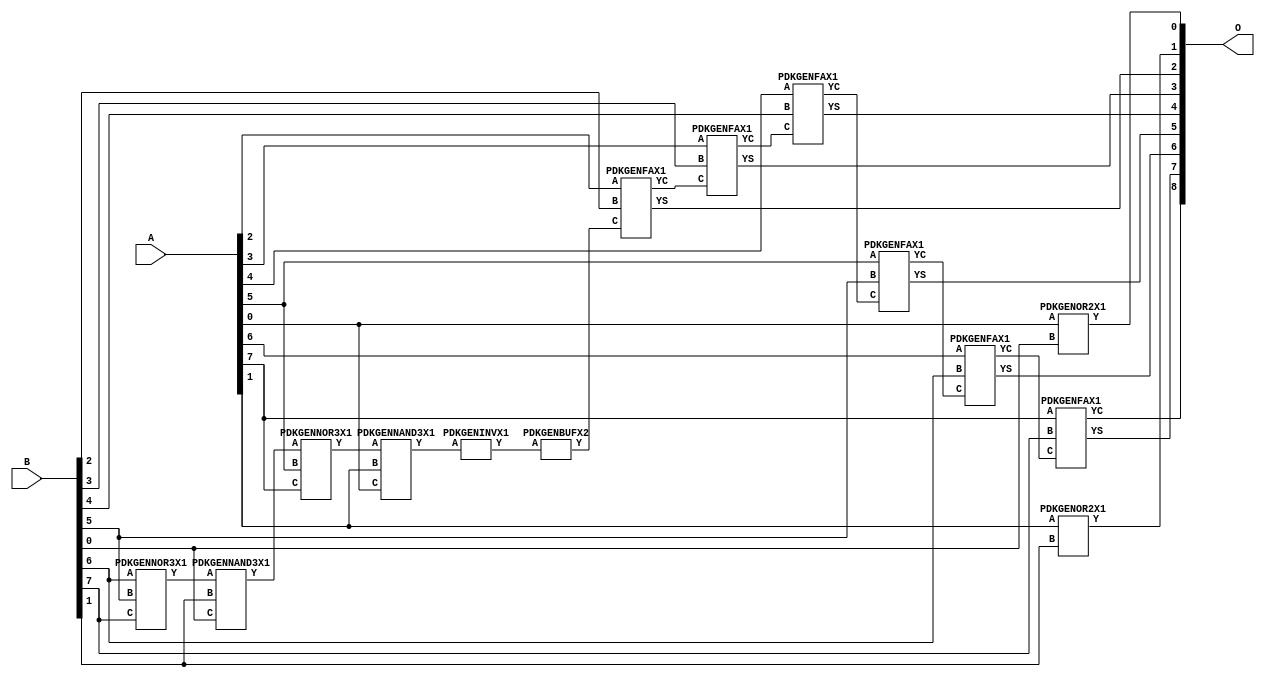
// Library = EvoApprox8b
// Circuit = add8_350
// Area   (180) = 1024
// Delay  (180) = 1.970
// Power  (180) = 263.40
// Area   (45) = 72
// Delay  (45) = 0.740
// Power  (45) = 25.98
// Nodes = 14
// HD = 89488
// MAE = 0.74609
// MSE = 1.48438
// MRE = 0.39 %
// WCE = 3
// WCRE = 50 %
// EP = 43.8 %

module add8_350(A, B, O);
  input [7:0] A;
  input [7:0] B;
  output [8:0] O;
  wire [2031:0] N;

  assign N[0] = A[0];
  assign N[1] = A[0];
  assign N[2] = A[1];
  assign N[3] = A[1];
  assign N[4] = A[2];
  assign N[5] = A[2];
  assign N[6] = A[3];
  assign N[7] = A[3];
  assign N[8] = A[4];
  assign N[9] = A[4];
  assign N[10] = A[5];
  assign N[11] = A[5];
  assign N[12] = A[6];
  assign N[13] = A[6];
  assign N[14] = A[7];
  assign N[15] = A[7];
  assign N[16] = B[0];
  assign N[17] = B[0];
  assign N[18] = B[1];
  assign N[19] = B[1];
  assign N[20] = B[2];
  assign N[21] = B[2];
  assign N[22] = B[3];
  assign N[23] = B[3];
  assign N[24] = B[4];
  assign N[25] = B[4];
  assign N[26] = B[5];
  assign N[27] = B[5];
  assign N[28] = B[6];
  assign N[29] = B[6];
  assign N[30] = B[7];
  assign N[31] = B[7];

  PDKGENOR2X1 n32(.A(N[0]), .B(N[16]), .Y(N[32]));
  PDKGENNOR3X1 n38(.A(N[28]), .B(N[26]), .C(N[30]), .Y(N[38]));
  assign N[39] = N[38];
  PDKGENNAND3X1 n52(.A(N[39]), .B(N[18]), .C(N[16]), .Y(N[52]));
  assign N[53] = N[52];
  PDKGENNOR3X1 n58(.A(N[53]), .B(N[10]), .C(N[14]), .Y(N[58]));
  assign N[59] = N[58];
  PDKGENNAND3X1 n62(.A(N[59]), .B(N[2]), .C(N[0]), .Y(N[62]));
  PDKGENOR2X1 n82(.A(N[2]), .B(N[18]), .Y(N[82]));
  assign N[83] = N[82];
  PDKGENINVX1 n126(.A(N[62]), .Y(N[126]));
  PDKGENBUFX2 n130(.A(N[126]), .Y(N[130]));
  PDKGENFAX1 n132(.A(N[4]), .B(N[20]), .C(N[130]), .YS(N[132]), .YC(N[133]));
  PDKGENFAX1 n182(.A(N[6]), .B(N[22]), .C(N[133]), .YS(N[182]), .YC(N[183]));
  PDKGENFAX1 n232(.A(N[8]), .B(N[24]), .C(N[183]), .YS(N[232]), .YC(N[233]));
  PDKGENFAX1 n282(.A(N[10]), .B(N[26]), .C(N[233]), .YS(N[282]), .YC(N[283]));
  PDKGENFAX1 n332(.A(N[12]), .B(N[28]), .C(N[283]), .YS(N[332]), .YC(N[333]));
  PDKGENFAX1 n382(.A(N[14]), .B(N[30]), .C(N[333]), .YS(N[382]), .YC(N[383]));

  assign O[0] = N[32];
  assign O[1] = N[83];
  assign O[2] = N[132];
  assign O[3] = N[182];
  assign O[4] = N[232];
  assign O[5] = N[282];
  assign O[6] = N[332];
  assign O[7] = N[382];
  assign O[8] = N[383];

endmodule
/* mod */
module PDKGENNAND3X1(input A, input B, input C, output Y );
     assign Y = ~((A & B) & C);
endmodule
/* mod */
module PDKGENOR2X1(input A, input B, output Y );
     assign Y = A | B;
endmodule
/* mod */
module PDKGENINVX1(input A, output Y );
     assign Y = ~A;
endmodule
/* mod */
module PDKGENFAX1( input A, input B, input C, output YS, output YC );
    assign YS = (A ^ B) ^ C;
    assign YC = (A & B) | (B & C) | (A & C);
endmodule
/* mod */
module PDKGENNOR3X1(input A, input B, input C, output Y );
     assign Y = ~((A | B) | C);
endmodule
/* mod */
module PDKGENBUFX2(input A, output Y );
     assign Y = A;
endmodule